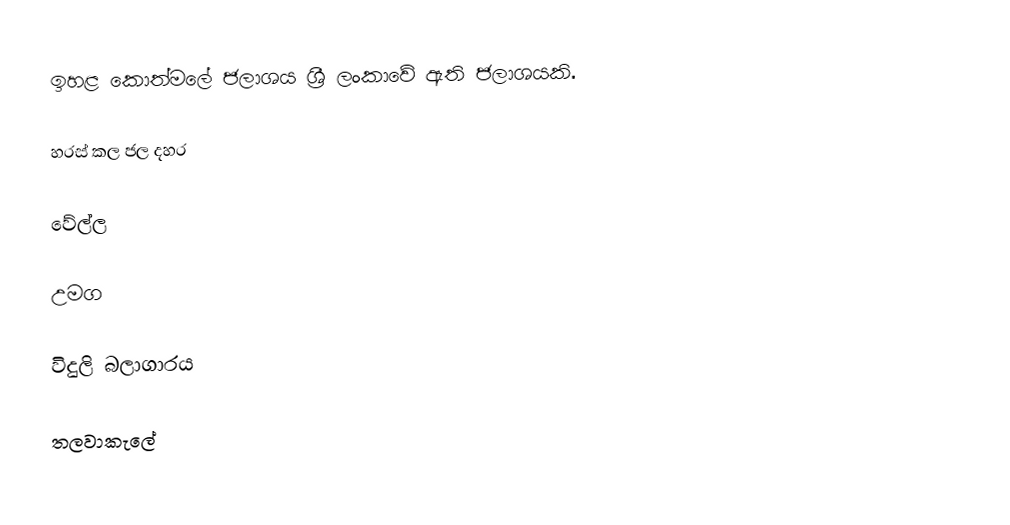
ඉහළ කොත්මලේ ජලාශය ශ්‍රී ලංකාවේ ඇති ජලාශයකි.

හරස් කල ජල දහර

වේල්ල

උමග

විදුලි බලාගාරය

තලවාකැලේ